Civil Veterinary Department Bihar reports 1940-50 - 1940-1950
Year: 1940
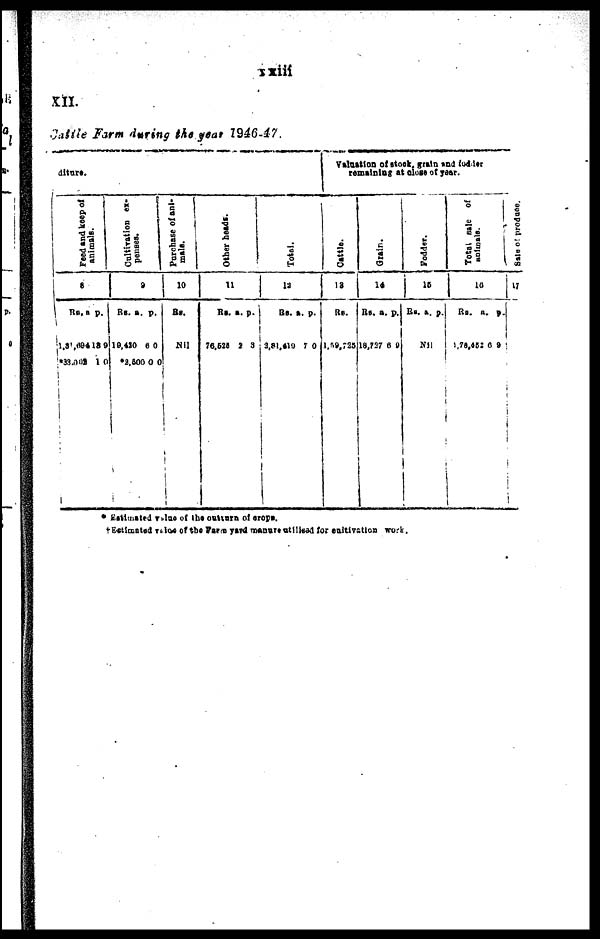
xxiii
XII.
Cattle Farm during the year 1946-47.
diture.
Feed and keep of
animals
.
8
Rs.
1,31,694
*33,002
a.
13
1
p.
9
0
Cultivation ex-
penees.
9
Rs. a.
19,410
2,600
p
6
0
.
0
0
Purchase of ani-
mals.
10
Rs.
Nil
Other heads.
11
Rs.
76,525
a.
2
p.
3
Tot al .
12
Rs.
3,81,419
a.
7
p.
0
Valuation of stock grain and fodder
remaining at close of year.
Cattle.
12
Rs.
1,59,725
Grain.
14
Rs.
18,727
a.
6
p.
0
Fodder.
15
Rs. a. p.
Nil
Tot al sale of
animals.
16
Rs.
1,78,452
a.
6
p.
9
Sale of produce.
17
*Estimated value of the outturn of crope.
†Estimated value of Farm yard manure utilised for cultivation work.